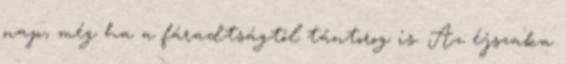
nap, még ha a fáradtságtól tántorog is. Az éjszaka